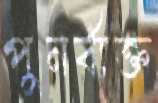
পুনর্ব্যক্ত